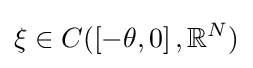
\xi \in C(\left[-\theta ,0\right],\mathbb {R} ^{N})